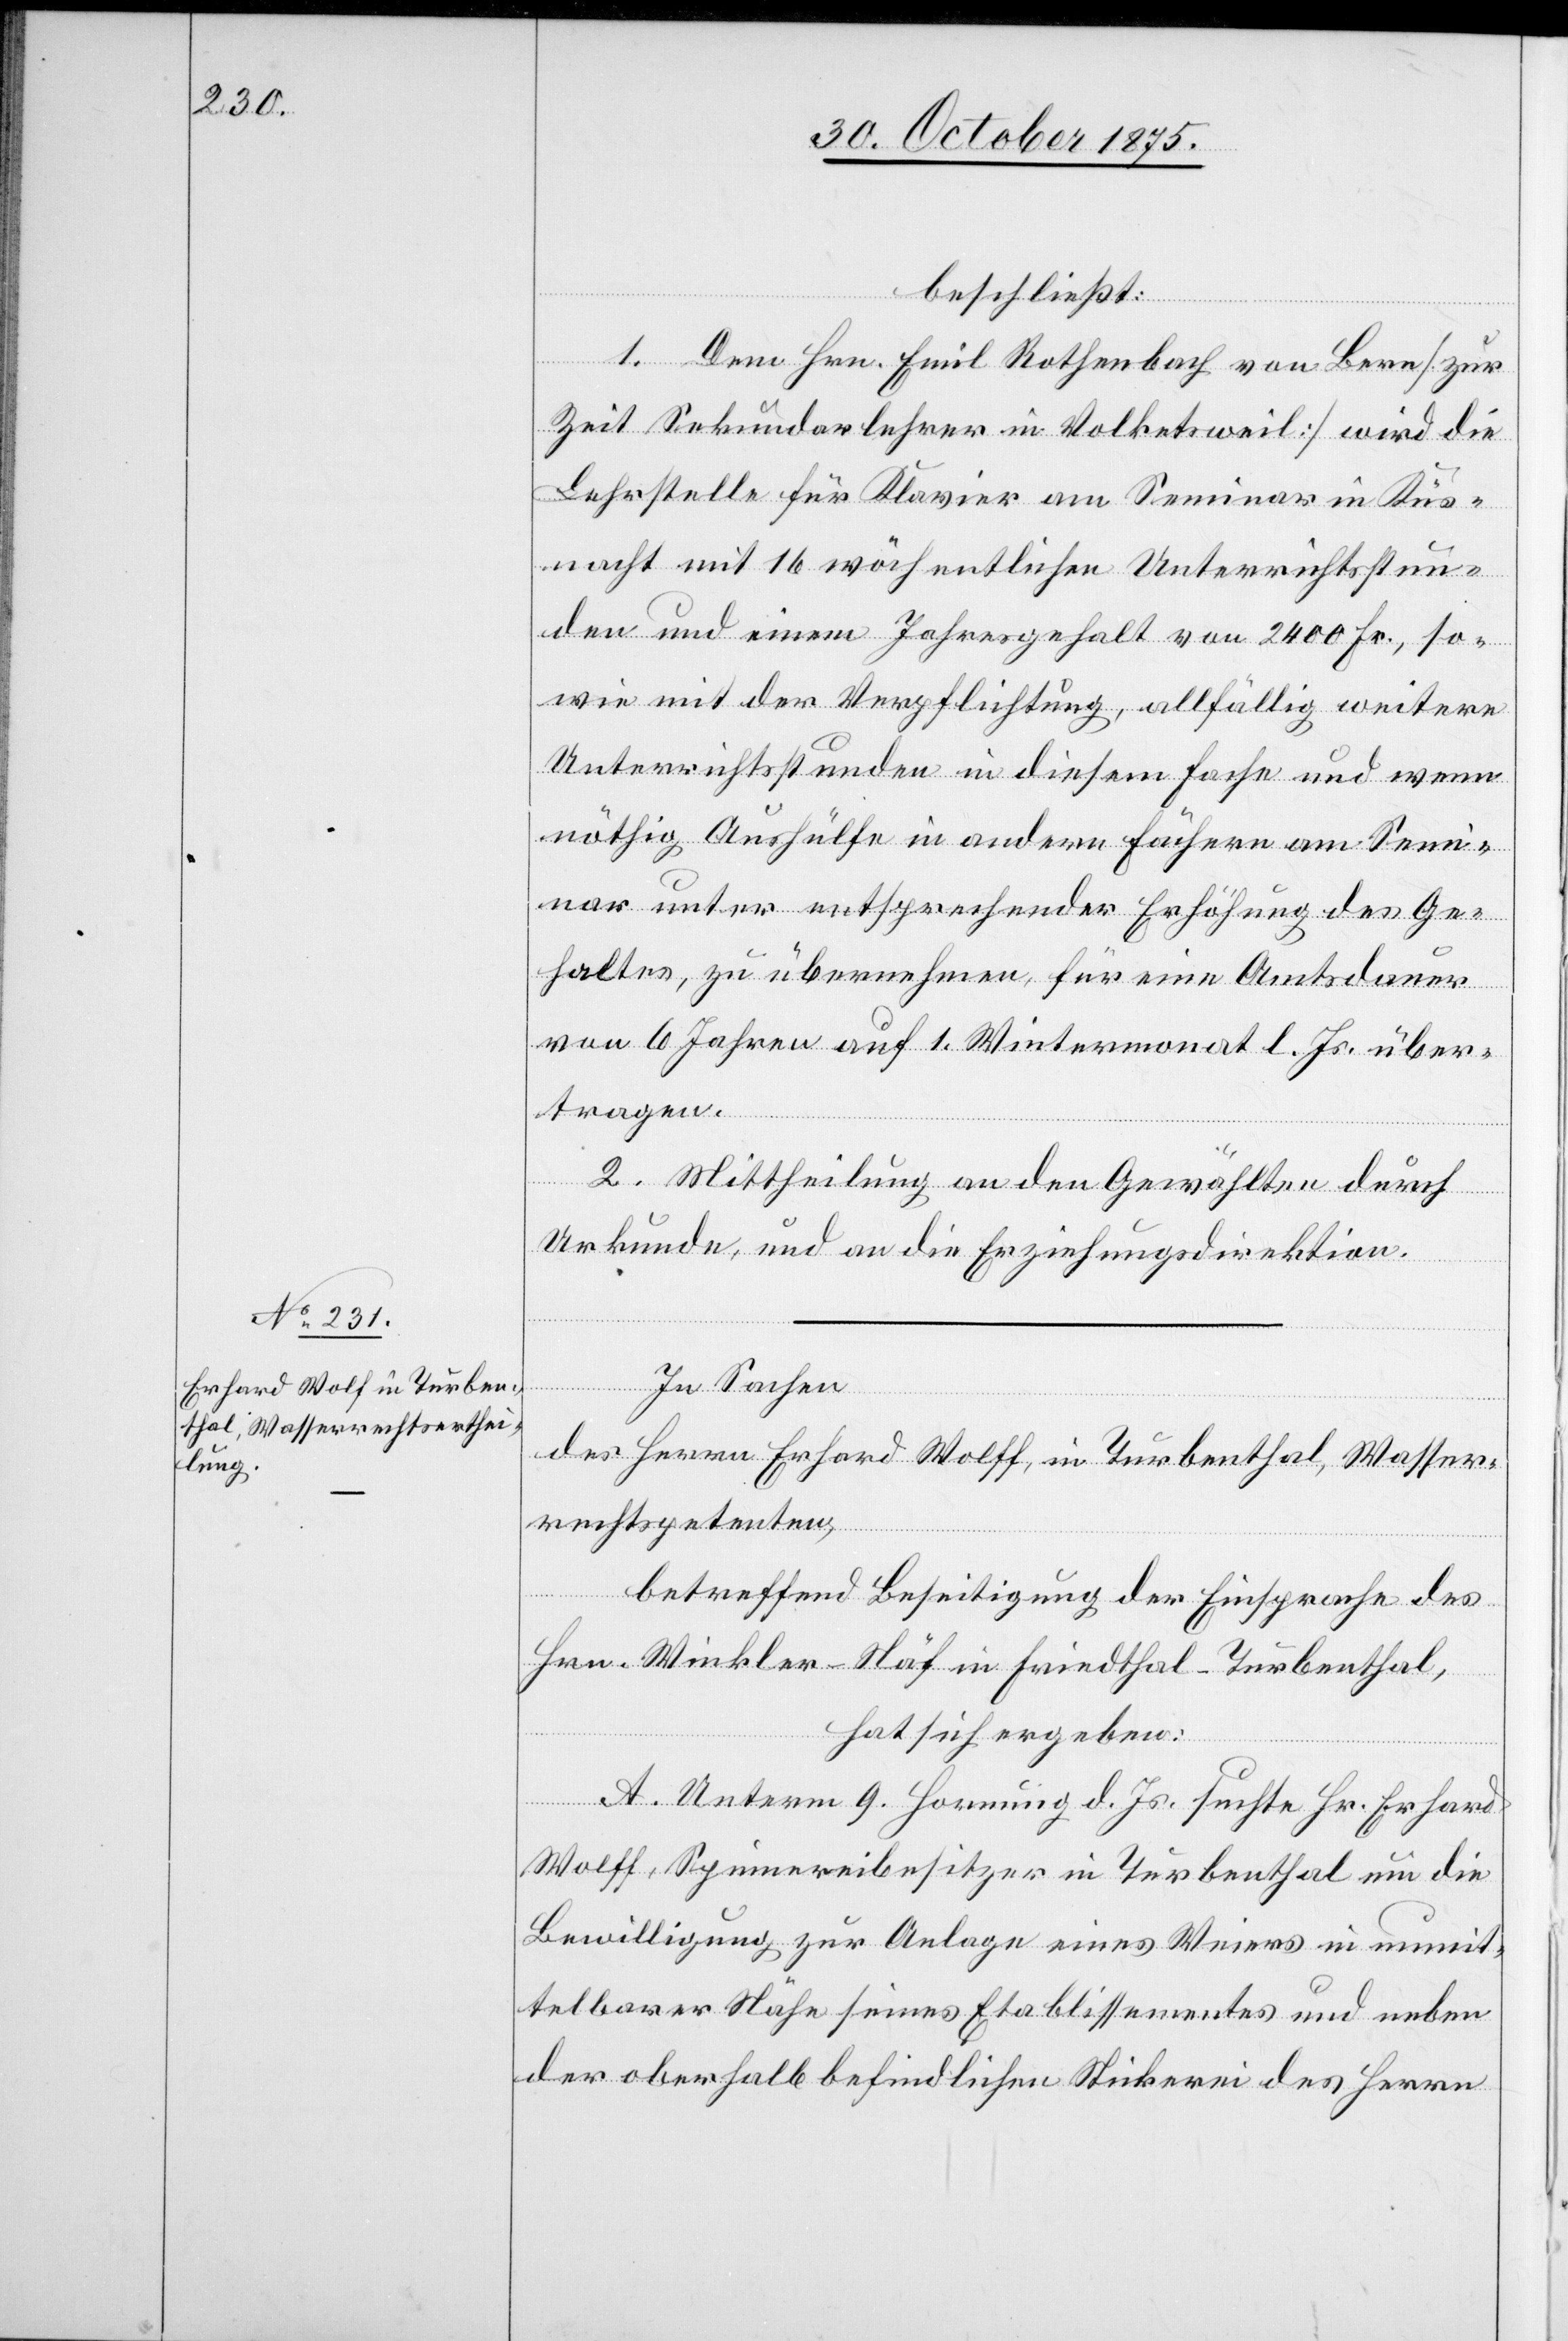
beschließt:
1. Dem Hrn. Emil Rothenbach von Bern [zur
Zeit Sekundarlehrer in Volketsweil] wird die
Lehrstelle für Klavier am Seminar in Küs¬
nacht mit 16 wöchentlichen Unterrichtsstun¬
den und einem Jahresgehalt von 2400 Fr., so¬
wie mit der Verpflichtung, allfällig weitere
Unterrichtsstunden in diesem Fache und wenn
nöthig Aushülfe in andern Fächern am Semi¬
nar unter entsprechender Erhöhung des Ge¬
haltes, zu übernehmen, für eine Amtsdauer
von 6 Jahren auf 1. Wintermonat l. Js. über¬
tragen.
2. Mittheilung an den Gewählten durch
Urkunde, und an die Erziehungsdirektion.
In Sachen
des Herrn Erhard Wolff, in Turbenthal, Wasser¬
rechtspetenten,
betreffend Beseitigung der Einsprache des
Hrn. Winkler-Näf in Friedthal - Turbenthal,
hat sich ergeben:
A. Unterm 9. Hornung d. Js suchte Hr. Erhard
Wolff, Spinnereibesitzer in Turbenthal um die
Bewilligung zur Anlage eines Weiers in unmit¬
telbarer Nähe seines Etablissementes und neben
der oberhalb befindlichen Stickerei des Herrn